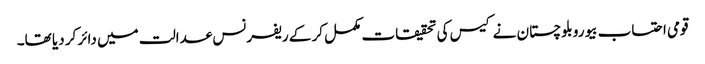
قومی احتساب بیورو بلوچستان نے کیس کی تحقیقات مکمل کر کے ریفرنس عدالت میں دائر کر دیا تھا۔